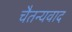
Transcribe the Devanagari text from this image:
चैतन्यवाद